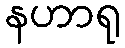
နဟာရု